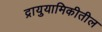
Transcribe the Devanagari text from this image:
द्रायुयामिकीतील